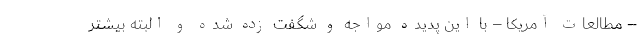
– مطالعات آمریکا – با این پدیده مواجه و شگفت زده شده و البته بیشتر